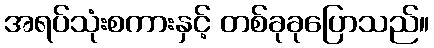
အရပ်သုံးစကားနှင့် တစ်ခုခုပြောသည်။